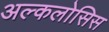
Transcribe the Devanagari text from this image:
अल्कलोसिस